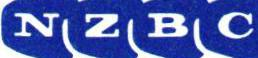
NZBC